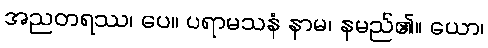
အညတရဿ၊ ပေ။ ပရာမသနံ နာမ၊ နမည်၏။ ယော၊